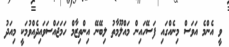
ވީ އެންމެ އަވަސް މިނެއްގައި ފަސޭހައިން މައްލޫމާތު ލިބޭނޭ އިންތިޒާމް ހަމަޖައްސަވައިދެއްވުމަކީ މިއަދު